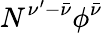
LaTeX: N^{\nu^{\prime}-\bar{\nu}}\phi^{\bar{\nu}}